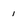
Character: 1